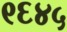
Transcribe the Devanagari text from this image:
९६४५